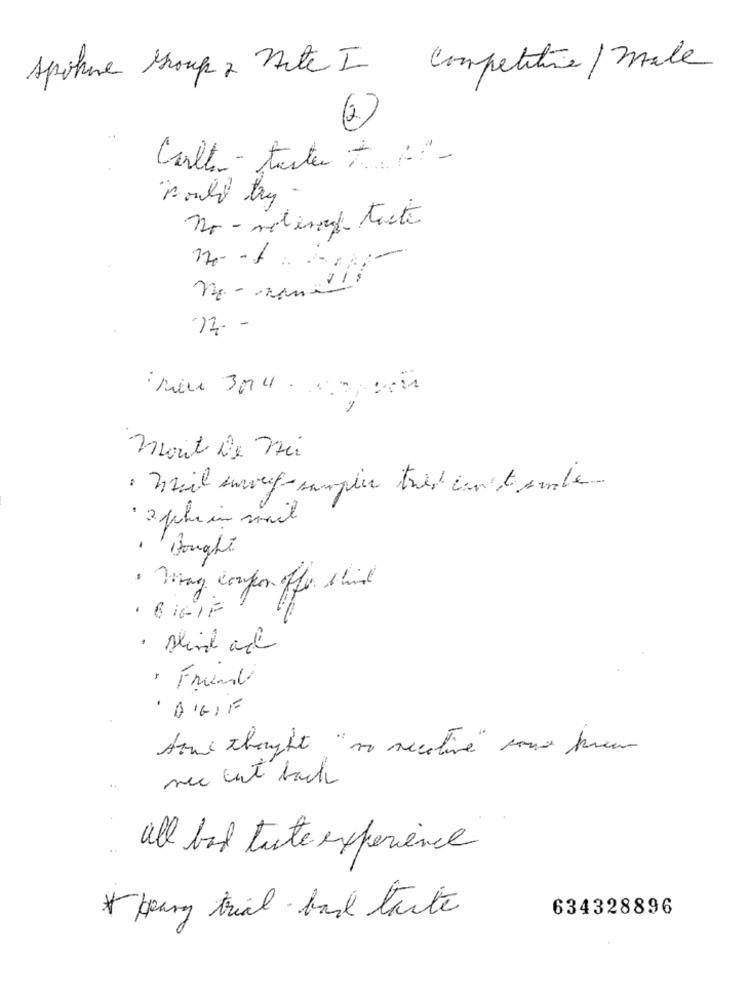
spohne Group 2 nite I competitive/ male
(2)
Calle- tarte +.2-
would try -
no - metingop taste
12 -
mont De nei
· Mail zurverf-sampler tres can tombe
· 2 phe in mail
Bought
· May coupon ofla chine
. BIGIF
· sind and
* Friend
· AGIF
How thought, "so necative" con preur
nec cut back
all bat tute experience
klang trial bad taste
634328896